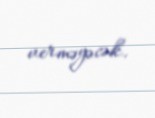
verməyəcək.